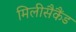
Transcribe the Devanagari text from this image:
मिलीसैकैंड